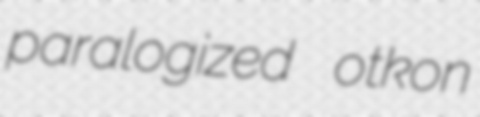
paralogized otkon